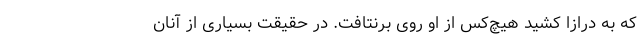
که به درازا کشید هیچ‌کس از او روی برنتافت. در حقیقت بسیاری از آنان